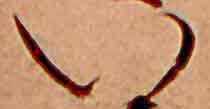
い